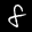
Label: 8